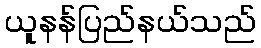
ယူနန်ပြည်နယ်သည်